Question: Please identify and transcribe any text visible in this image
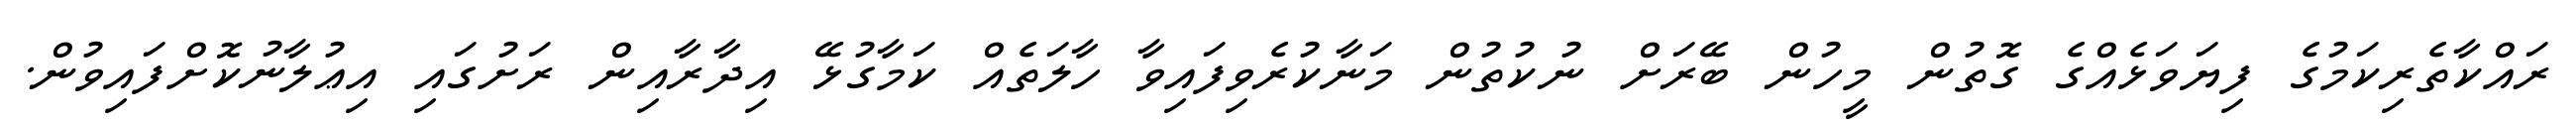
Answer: ރައްކާތެރިކަމުގެ ފިޔަވަޅެއްގެ ގޮތުން މީހުން ބޭރަށް ނުކުތުން މަނާކުރެވިފައިވާ ހާލަތެއް ކަމާގުޅޭ އިދާރާއިން ރަށުގައި އިޢުލާނުކޮށްފައިވުން.